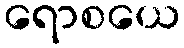
ရောစယေ